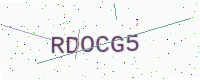
Text: RDOCG5